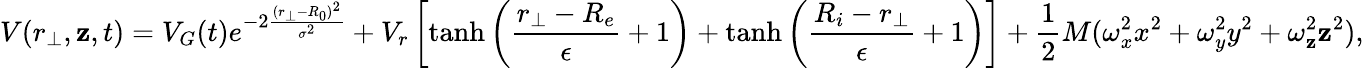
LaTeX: V(r_{\perp},\mathbf{z},t)=V_{G}(t)e^{-2\frac{{(r_{\perp}-R_{0})^{2}}}{{\sigma^{2}}}}+V_{r}\left[\operatorname{tanh}\left(\frac{{r_{\perp}-R_{e}}}{{\epsilon}}+1\right)+\operatorname{tanh}\left(\frac{{R_{i}-r_{\perp}}}{{\epsilon}}+1\right)\right]+\frac{{1}}{{2}}M(\omega_{x}^{2}x^{2}+\omega_{y}^{2}y^{2}+\omega_{\mathbf{z}}^{2}\mathbf{z}^{2}),